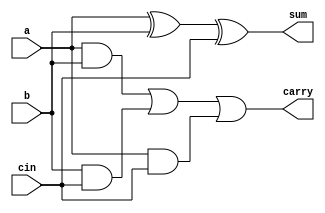
`timescale 1ns / 1ps
//////////////////////////////////////////////////////////////////////////////////
// Company: 
// Engineer: 
// 
// Design Name: 
// Module Name: adder8
// Project Name: 
// Target Devices: 
// Tool Versions: 
// Description: 
// 
// Dependencies: 
// 
// Revision:
// Revision 0.01 - File Created
// Additional Comments:
// 
//////////////////////////////////////////////////////////////////////////////////


module adder8(
input  a,
input  b,
input cin,
output  sum,
output  carry
    );
    assign sum = a^b^cin;
    assign carry = (a&b)|(b&cin)|(a&cin);
endmodule